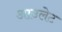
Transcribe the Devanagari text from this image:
आउलेट